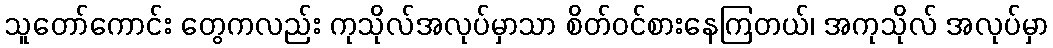
သူတော်ကောင်း တွေကလည်း ကုသိုလ်အလုပ်မှာသာ စိတ်ဝင်စားနေကြတယ်၊ အကုသိုလ် အလုပ်မှာ